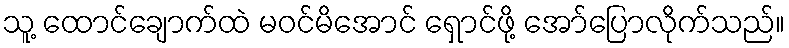
သူ့ ထောင်ချောက်ထဲ မဝင်မိအောင် ရှောင်ဖို့ အော်ပြောလိုက်သည်။